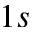
1 s